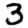
Digit: 3